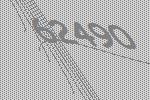
62490